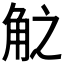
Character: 𮗧